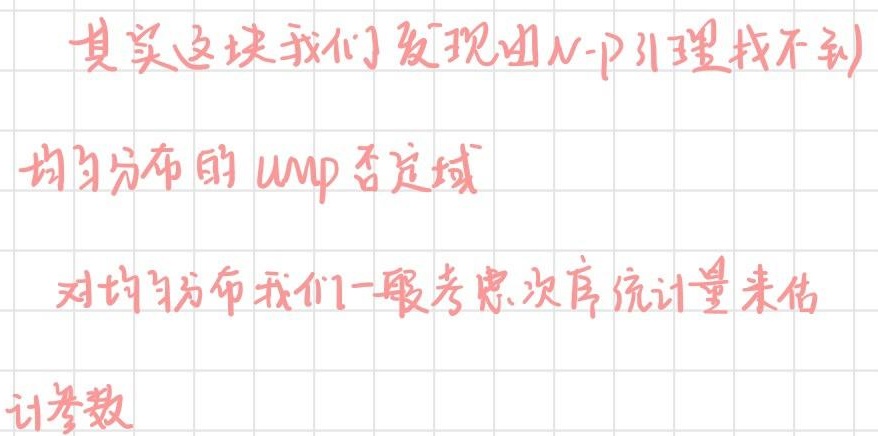
其实这块我们发现由N - P引理找不到
均匀分布的UMP否定域
对均匀分布我们一般考虑次序统计量来估
计参数